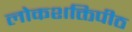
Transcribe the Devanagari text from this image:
लोकशक्तिपीठ